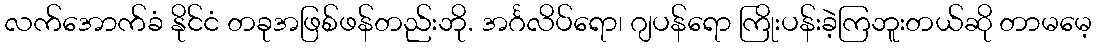
လက်အောက်ခံ နိုင်ငံ တခုအဖြစ်ဖန်တည်းဘို. အင်္ဂလိပ်ရော၊ ဂျပန်ရော ကြိုးပန်းခဲ့ကြဘူးတယ်ဆို တာမမေ့